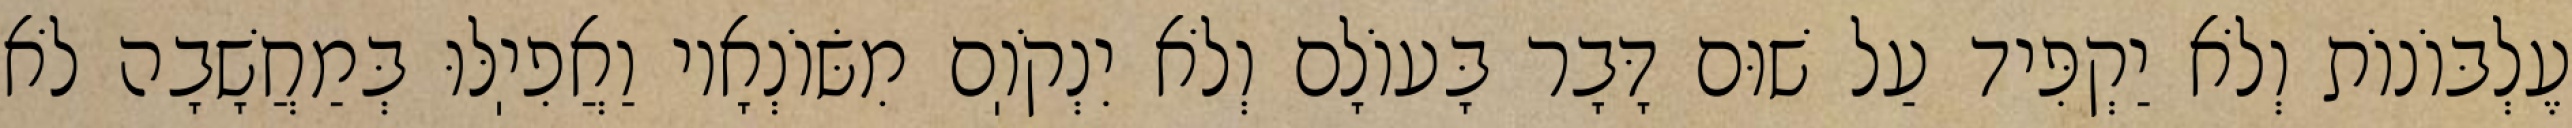
עֶלְבּוֹנוֹת וְלֹא יַקְפִּיד עַל שׁוּם דָּבָר בָּעוֹלָם וְלֹא יִנְקֹוֽם מִשּׂוֹנְאָיו וַאֲפִיֽלּוּ בְּמַחֲשָׁבָה לֹא